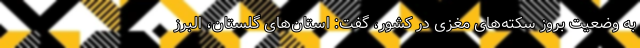
به وضعیت بروز سکته‌های مغزی در کشور، گفت: استان‌های گلستان، البرز